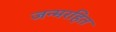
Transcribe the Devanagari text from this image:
जन्मरहित